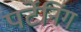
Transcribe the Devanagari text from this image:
पर्टेनिंग